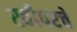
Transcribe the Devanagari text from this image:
स्वीपरचे